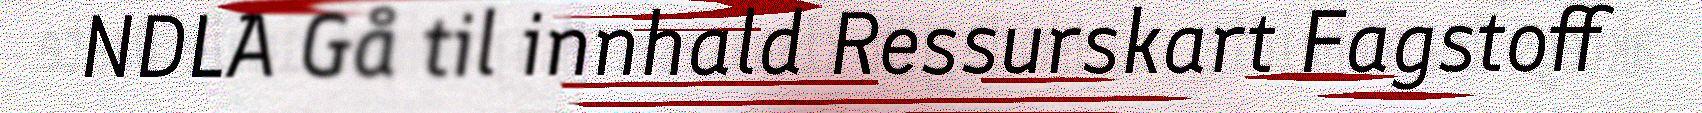
NDLA Gå til innhald Ressurskart Fagstoff